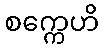
စက္ကေဟိ